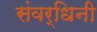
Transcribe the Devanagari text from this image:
संवर्धिनी